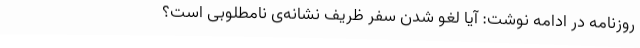
روزنامه در ادامه نوشت: آیا لغو شدن سفر ظریف نشانه‌ی نامطلوبی‌ است؟